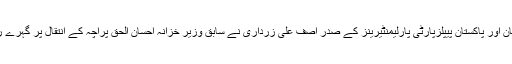
02 فروری2019ء) سابق صدر پاکستان اور پاکستان پیپلزپارٹی پارلیمنٹیرینز کے صدر آصف علی زرداری نے سابق وزیر خزانہ احسان الحق پراچہ کے انتقال پر گہرے رنج و غم اور صدمے کا اظہار کیا ہے۔